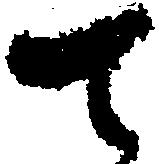
て